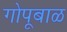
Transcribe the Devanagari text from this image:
गोपूबाळ